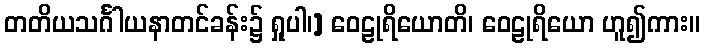
တတိယသင်္ဂါယနာတင်ခန်း၌ ရှုပါ၊] ဝေဠုရိယောတိ၊ ဝေဠုရိယော ဟူ၍ကား။